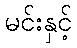
မင်းနှင့်